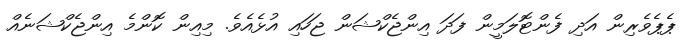
ޕެޕެވެރިން އަދި ފެންޓޮލަމީން ފަދަ އިންޖެކްޝަން ޖަހައި އުޅެއެވެ. މިއިން ކޮންމެ އިންޖެކްޝަނެއް